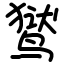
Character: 𬸚